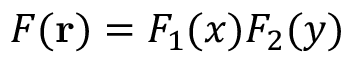
F ( \mathbf { r } ) = F _ { 1 } ( x ) F _ { 2 } ( y )